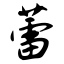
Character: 蕾